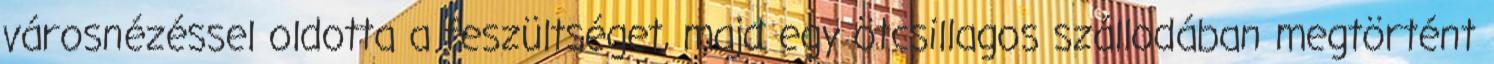
városnézéssel oldotta a feszültséget, majd egy ötcsillagos szállodában megtörtént